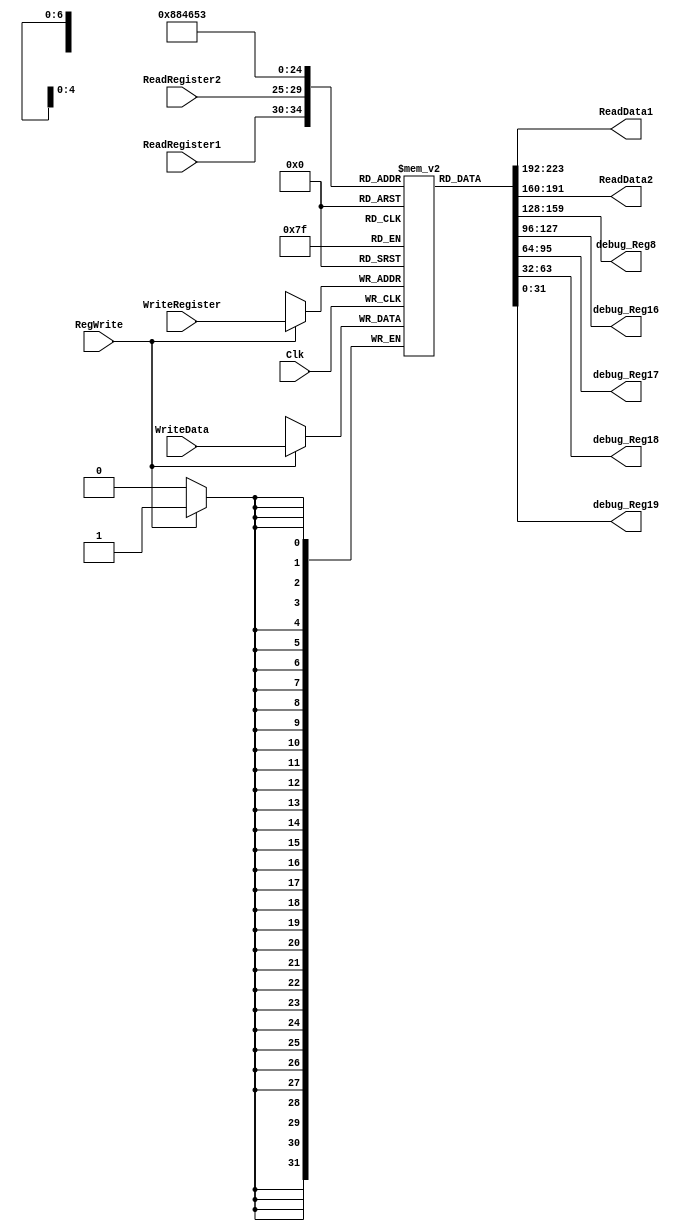
`timescale 1ns / 1ps

////////////////////////////////////////////////////////////////////////////////
// Last Edits: Nirmal Kumbhare, Ali Akoglu

// Module - register_file.v
// Description - Implements a register file with 32 32-Bit wide registers.
//                          (a 32x32 regsiter file with two read ports and one write port)
// INPUTS:-
// ReadRegister1: 5-Bit address to select a register to be read through 32-Bit 
//                output port 'ReadRegister1'.
// ReadRegister2: 5-Bit address to select a register to be read through 32-Bit 
//                output port 'ReadRegister2'.
// WriteRegister: 5-Bit address to select a register to be written through 32-Bit
//                input port 'WriteRegister'.
// WriteData: 32-Bit write input port.
// RegWrite: 1-Bit control input signal.
//
// OUTPUTS:-
// ReadData1: 32-Bit registered output. 
// ReadData2: 32-Bit registered output. 
//
// FUNCTIONALITY:-
// 'ReadRegister1' and 'ReadRegister2' are two 5-bit addresses to read two 
// registers simultaneously. The two 32-bit data sets are available on ports 
// 'ReadData1' and 'ReadData2', respectively. 'ReadData1' and 'ReadData2' are 
// registered outputs (output of register file is written into these registers 
// at the falling edge of the clock). You can view it as if outputs of registers
// specified by ReadRegister1 and ReadRegister2 are written into output 
// registers ReadData1 and ReadData2 at the falling edge of the clock. 
//
// 'RegWrite' signal is high during the rising edge of the clock if the input 
// data is to be written into the register file. The contents of the register 
// specified by address 'WriteRegister' in the register file are modified at the 
// rising edge of the clock if 'RegWrite' signal is high. The D-flip flops in 
// the register file are positive-edge (rising-edge) triggered. (You have to use 
// this information to generate the write-clock properly.) 
//
// NOTE:-
// We will design the register file such that the contents of registers do not 
// change for a pre-specified time before the falling edge of the clock arrives 
// to allow for data multiplexing and setup time.
////////////////////////////////////////////////////////////////////////////////

module RegisterFile(ReadRegister1, ReadRegister2, WriteRegister, WriteData, RegWrite, Clk, ReadData1, ReadData2, debug_Reg8, debug_Reg16, debug_Reg17, debug_Reg18, debug_Reg19);

	input RegWrite, Clk;
	input [4:0] ReadRegister1, ReadRegister2, WriteRegister;
	input [31:0] WriteData;

	output reg [31:0] ReadData1, ReadData2;
	
	//for post-synthesis
	output [31:0] debug_Reg8, debug_Reg16, debug_Reg17, debug_Reg18, debug_Reg19;
	//output wire [31:0] out_data;
	//output wire [31:0] debug_reg;

	//creates 32 32-bit registers
	(* mark_debug = "true" *) reg [31:0] regFile [0:31];

	initial begin
		regFile[0] <= 32'h0;
	end

	always @(posedge Clk) begin
		if (RegWrite) begin
			regFile[WriteRegister] <= WriteData;
		end
	end

	always @(ReadRegister1, ReadRegister2) begin
		ReadData1 <= regFile[ReadRegister1];
		ReadData2 <= regFile[ReadRegister2];
	end

	//below is for post-synthesis simulation
	assign debug_Reg8 = regFile[8];
	assign debug_Reg16 = regFile[16];
	assign debug_Reg17 = regFile[17];
	assign debug_Reg18 = regFile[18];
	assign debug_Reg19 = regFile[19];
	//assign out_data = regFile[23];
	//assign debug_reg = regFile[10];

endmodule